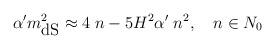
LaTeX: \begin{align*}\alpha'm^2_{\mbox{dS}}\approx 4\;n-5H^2\alpha'\;n^2,\quad n\in N_{0}\end{align*}